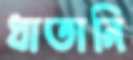
ধাতানি